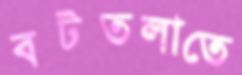
বটতলাতে